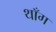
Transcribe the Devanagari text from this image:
थाँग